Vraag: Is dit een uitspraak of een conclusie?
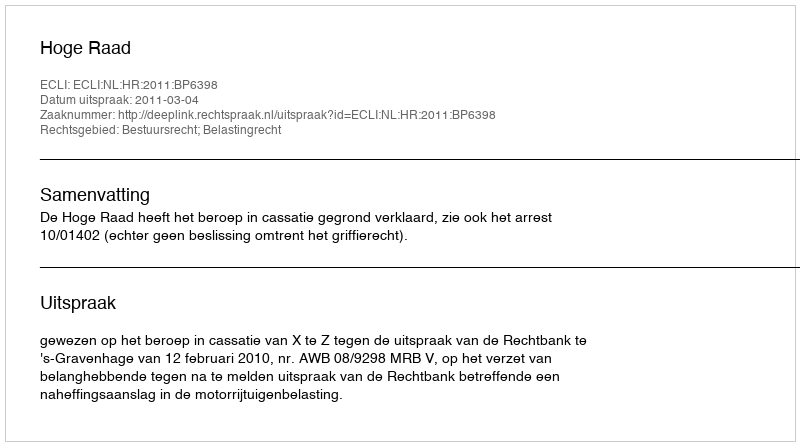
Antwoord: Uitspraak